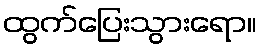
ထွက်ပြေးသွားရော။